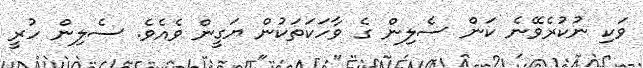
ވަކި ނުކުރެވޭނެ ކަން ސެލިން ގެ ވާހަކަތަކުން ޔަގީން ވެއެވެ. ސެލިން ހުރީ